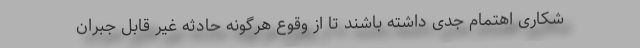
شکاری اهتمام جدی داشته باشند تا از وقوع هرگونه حادثه غیر قابل جبران